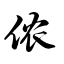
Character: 侬